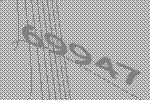
69947